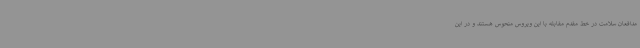
مدافعان سلامت در خط مقدم مقابله با این ویروس منحوس هستند و در این